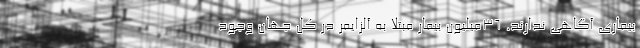
بیماری آگاهی ندارند. ۳۶میلیون بیمار مبتلا به آلزایمر در کل جهان وجود